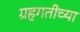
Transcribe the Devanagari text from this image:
ग्रहगतीच्या